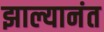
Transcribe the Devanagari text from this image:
झाल्यानंत